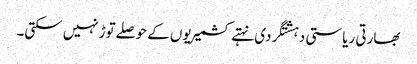
بھارتی ریاستی دہشتگردی نہتے کشمیریوں کے حوصلےتوڑنہیں سکتی۔